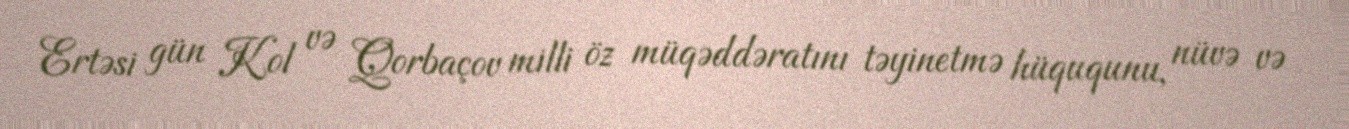
Ertəsi gün Kol və Qorbaçov milli öz müqəddəratını təyinetmə hüququnu, nüvə və